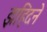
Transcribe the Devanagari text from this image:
झहिदने